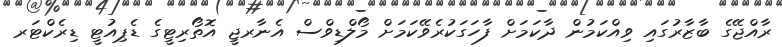
ރާއްޖޭގެ ބާޒާރުގައި ވިއްކަމުން ދާކަމަށް ފާހަގަކުރެވޭކަމަށް މޯލްޑިވްސް އެނާރޖީ އޮތޯރިޓީގެ ޑެޕިއުޓީ ޑިރެކްޓަރ